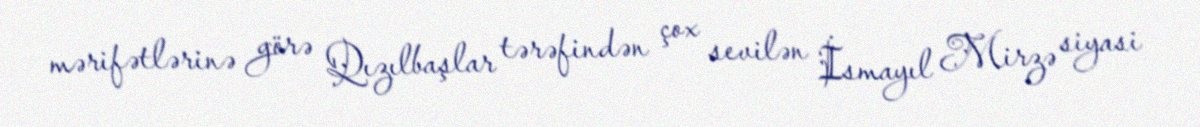
mərifətlərinə görə Qızılbaşlar tərəfindən çox sevilən İsmayıl Mirzə siyasi